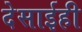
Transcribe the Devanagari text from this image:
देसाईही